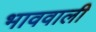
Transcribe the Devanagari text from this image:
भाववाली